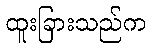
ထူးခြားသည်က